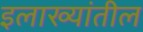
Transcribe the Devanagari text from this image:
इलाख्यांतील